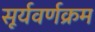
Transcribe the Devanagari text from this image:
सूर्यवर्णक्रम